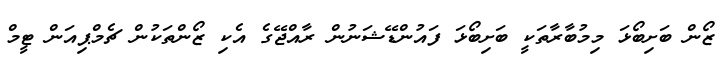
ޒޯން ބަށިބޯޅަ މިމުބާރާތަކީ ބަށިބޯޅަ ފައުންޑޭޝަނުން ރާއްޖޭގެ އެކި ޒޯންތަކުން ޗެމްޕިއަން ޓީމް